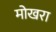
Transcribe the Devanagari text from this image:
मोखरा